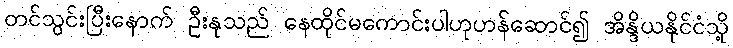
တင်သွင်းပြီးနောက် ဦးနုသည် နေထိုင်မကောင်းပါဟုဟန်ဆောင်၍ အိန္ဒိယနိုင်ငံသို့